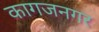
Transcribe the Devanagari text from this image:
कागजनगर